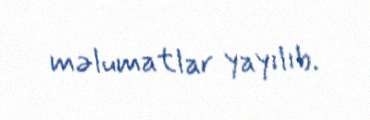
məlumatlar yayılıb.